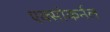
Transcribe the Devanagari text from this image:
एक्सोकर्नल